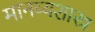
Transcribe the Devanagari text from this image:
मानव्यशास्त्र